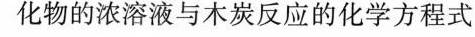
化物的浓溶液与木炭反应的化学方程式